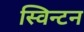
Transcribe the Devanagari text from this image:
स्विन्टन